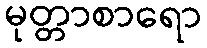
မုတ္တာစာရော